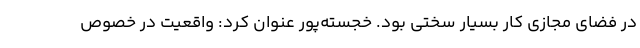
در فضای مجازی کار بسیار سختی بود. خجسته‌پور عنوان کرد: واقعیت در خصوص